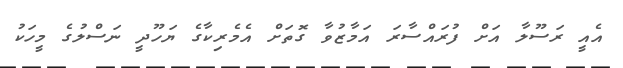
އެއީ ރަސޫލާ އަށް ފުރައްސާރަ އަމާޒުވާ ގޮތަށް އެމެރިކާގެ ޔަހޫދީ ނަސްލުގެ މީހަކު